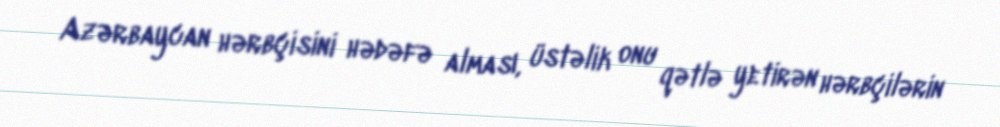
Azərbaycan hərbçisini hədəfə alması, üstəlik onu qətlə yetirən hərbçilərin